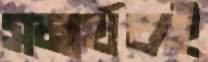
সমার্থকই